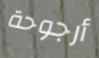
أرجوحة